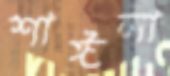
শাঈলা